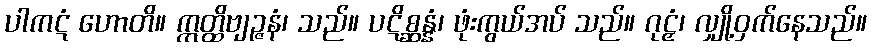
ပါကဋံ ဟောတိ။ ဣတ္ထိဗျဉ္ဇနံ၊ သည်။ ပဋိစ္ဆန္နံ၊ ဖုံးကွယ်အပ် သည်။ ဂုဠှံ၊ လျှို့ဝှက်နေသည်။